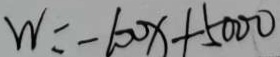
W = - 1 0 0 x + 5 0 0 0